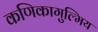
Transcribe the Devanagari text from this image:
कणिकागुल्मिय